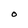
Character: O